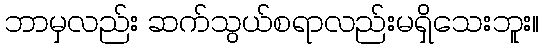
ဘာမှလည်း ဆက်သွယ်စရာလည်းမရှိသေးဘူး။